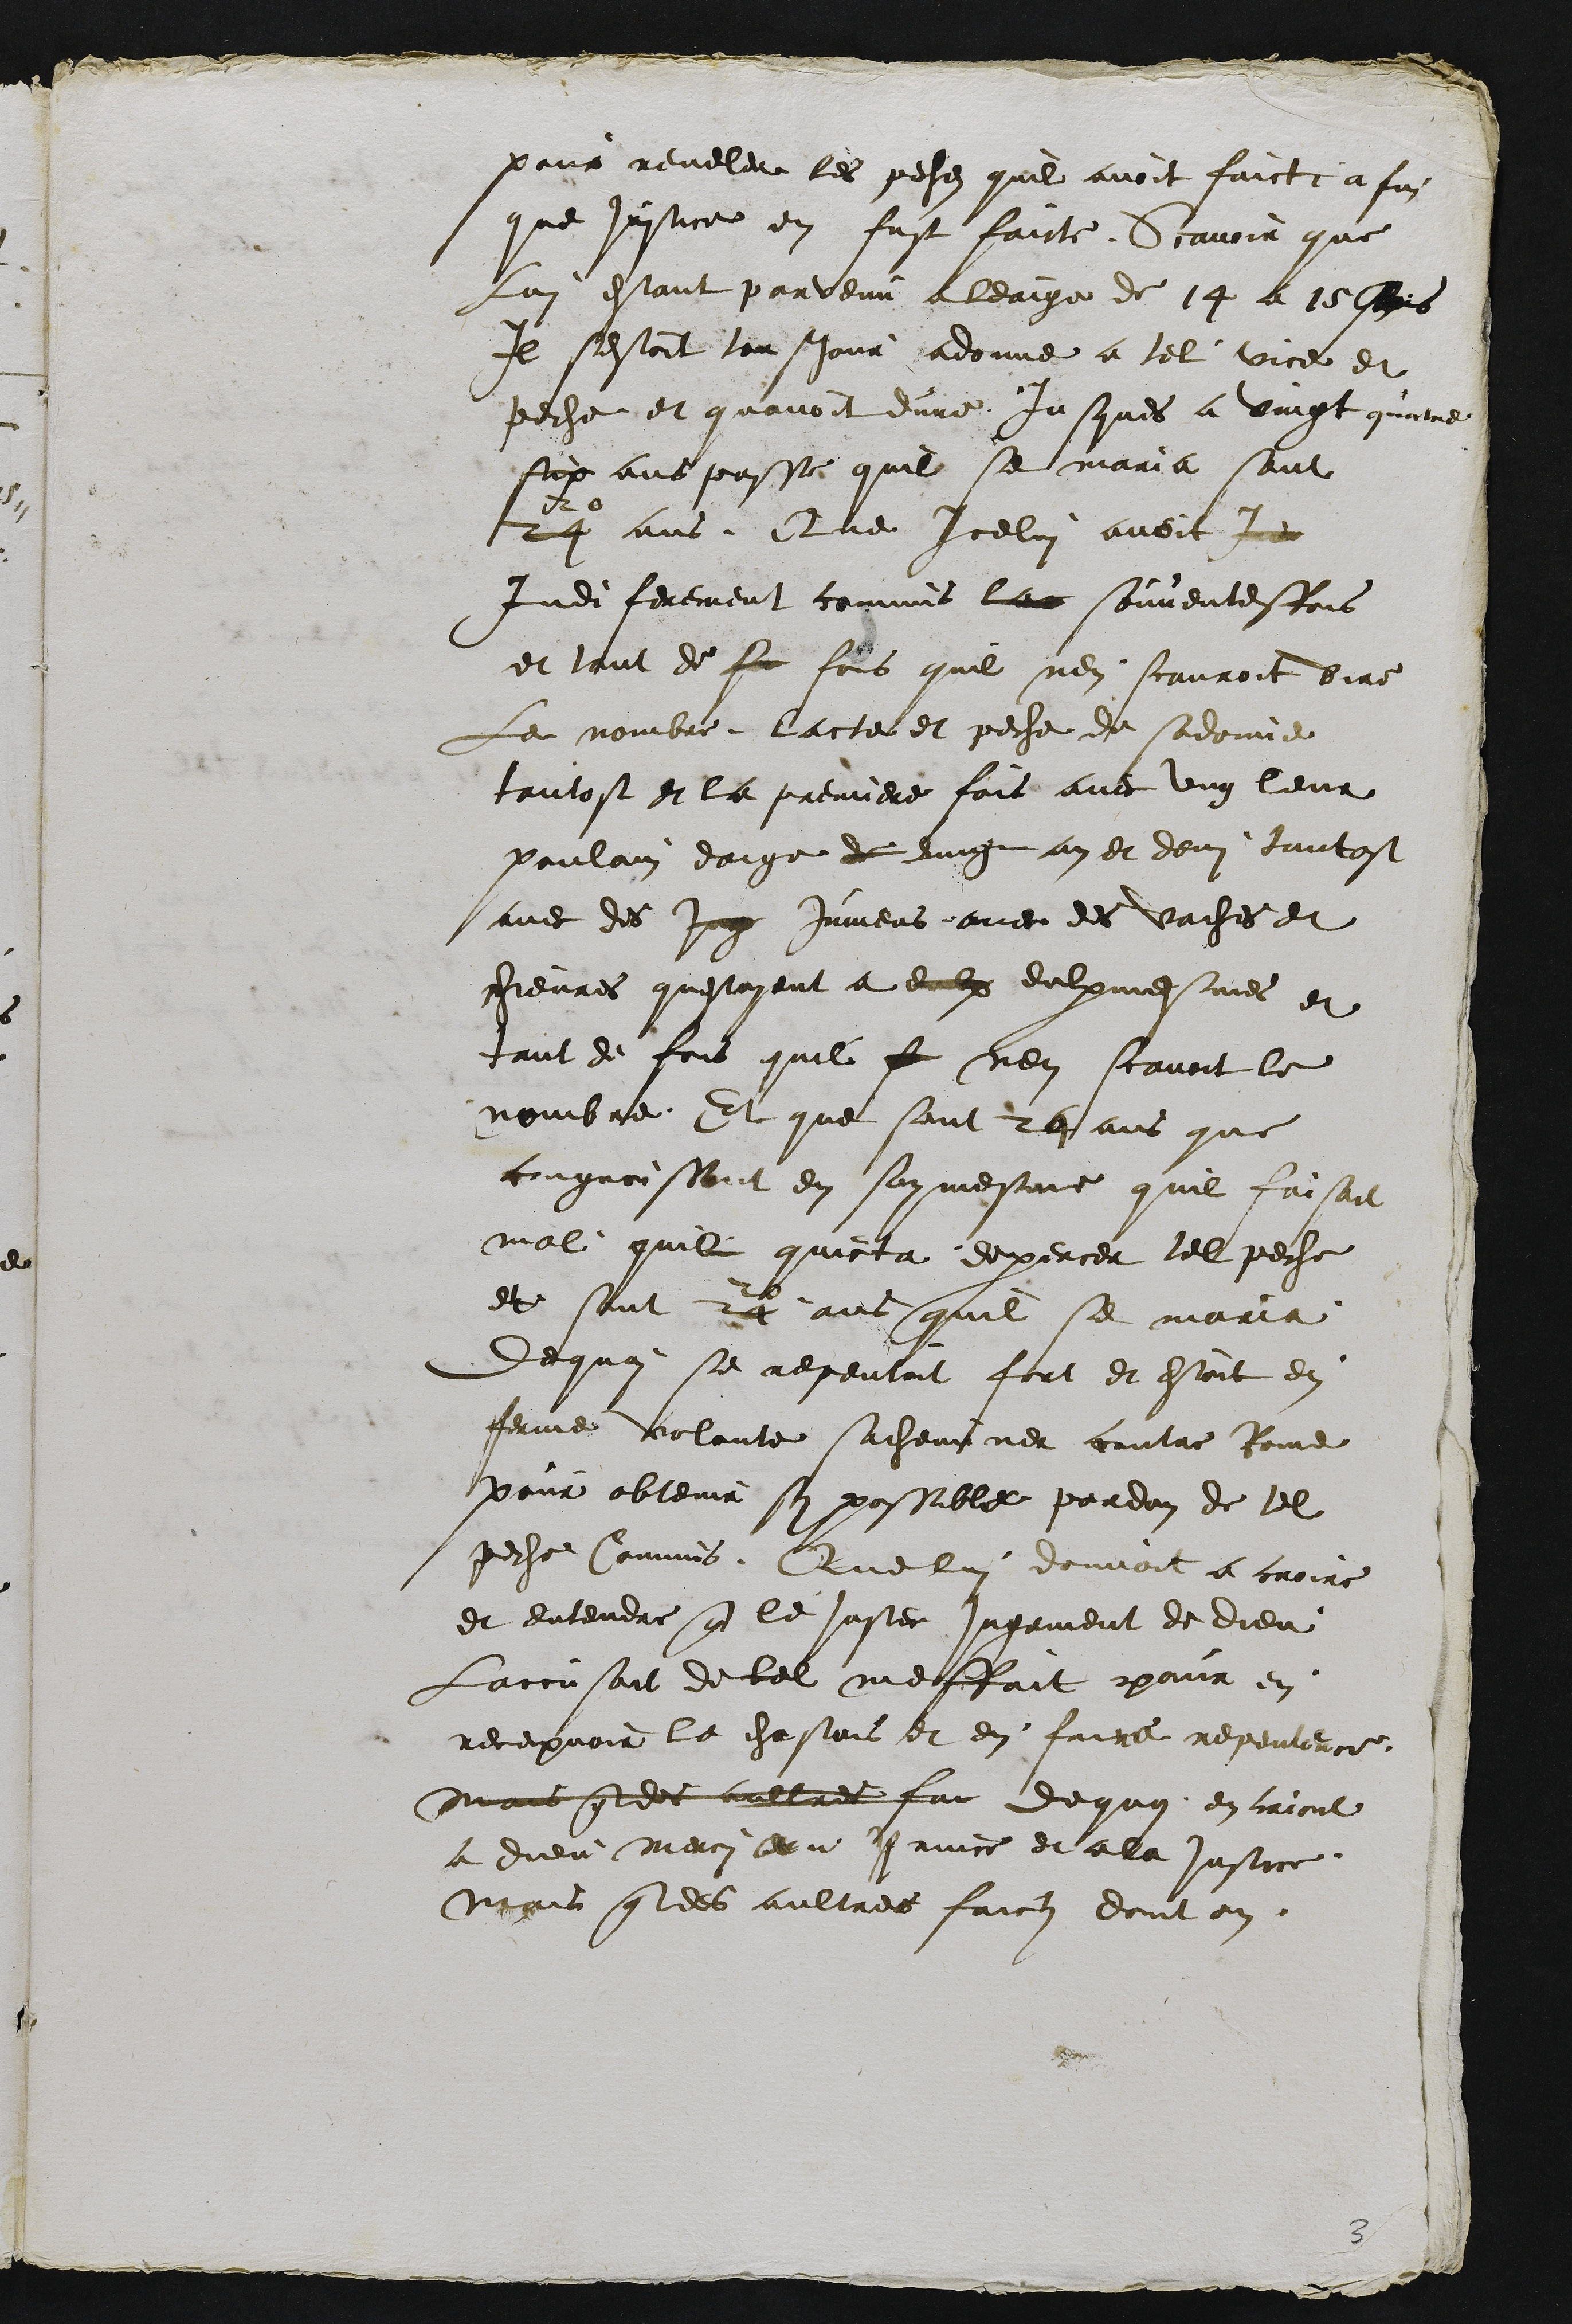
pour reveler les pesches quil avoit faict a fin
que justice en fust faicte. Scavoir que
Lui estant parvenu a leaige de 14 a 15 Ans
Il sestoit tousjour adonne a tel vice et
peche et quavoit dure jusques a vingt quatre
six ans passe quil se maria sont
24
20
ans, Que Icelui avoit in
Indiferement commis la souventesfois
et tant de sa fois quil nen scauroit dire
Le nombre, lacte et peche de sodomie
tantost et la premiere fois avec ung leur
poulain daige de dung an et demi tantost
avec des Jug jumens avec des vaches et
chievres questoyent a eulx eulxmesmes et
tant de fois quil s nen scavoit le
nombre Et que sont 24 ans que
congnoissant en soy mesme quil faisoit
mal quil quicta dexercer tel peche
et sont 24
20
ans quil se maria
dequoi se repentoit fort et estoit en
ferme volante sacheminer contre Rome
pour oblenir sy possible pardon de tel
peche Commis, Que lui donnoit a croire
et entendre que le juste jugement de dieu
Laccusoit de tel meffait pour en
recepvoir le chastois et en faire repentence
mais que des aultres fai de quoy en criant
a dieu merci au Prince et a la justice.
Mais que des aultres faictz dont on